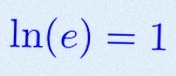
\ln(e)=1